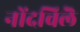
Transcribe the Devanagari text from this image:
नोंदविलॆ